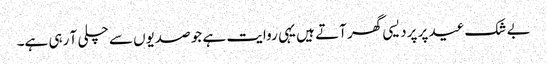
بے شک عید پر پردیسی گھر آتے ہیں یہی روایت ہے جو صدیوں سے چلی آ رہی ہے۔